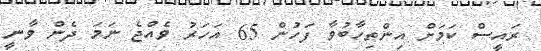
ރައީސް ކަމަށް އިންތިހާބުވާ ފަހުން 65 އަހަރު ވެއްޖެ ނަމަ ދެން ވާނީ